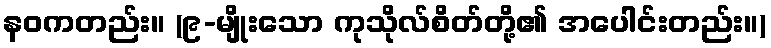
နဝကတည်း။ (၉-မျိုးသော ကုသိုလ်စိတ်တို့၏ အပေါင်းတည်း။)